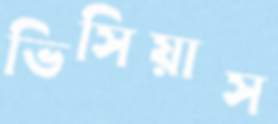
ভিসিয়াস